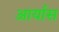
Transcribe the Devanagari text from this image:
आर्यास